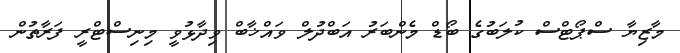
މާޒިޔާ ސްޕޯޓްސް ކުލަބުގެ ބޯޑް މެންބަރު އަބްދުލް ވައްޚާބް ވިދާޅުވީ މިނިސްޓްރީ ފަރާތުން